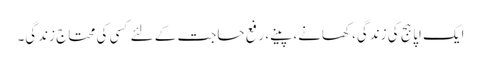
ایک اپاہج کی زندگی، کھانے، پینے، رفع حاجت کے لئے کسی کی محتاج زندگی۔